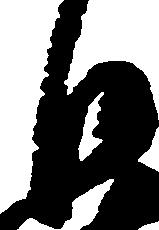
沙